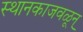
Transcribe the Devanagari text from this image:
स्थानकाजवळून्